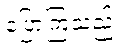
ပြောကြသည်။